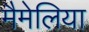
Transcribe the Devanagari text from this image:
मैमेलिया